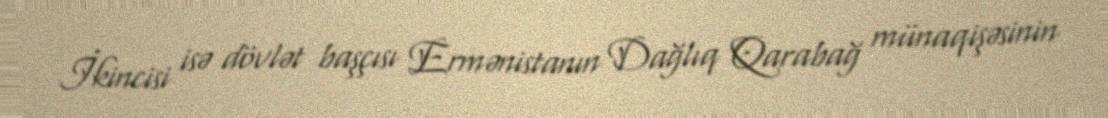
İkincisi isə dövlət başçısı Ermənistanın Dağlıq Qarabağ münaqişəsinin